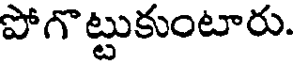
పోగొట్టుకుంటారు.